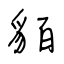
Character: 貊